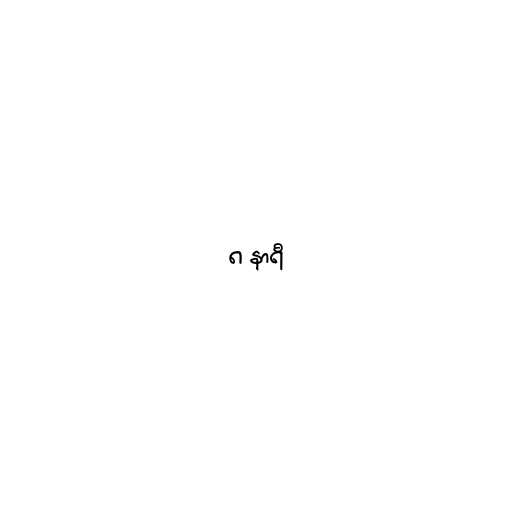
၈ နာရီ